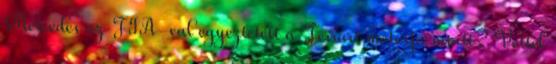
Mercedes az FIA-val egyeztetett a Ferrari motorja miatt? Vettel